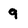
Character: 9